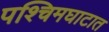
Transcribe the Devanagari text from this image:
पश्चिमघाटात